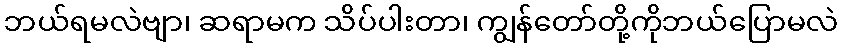
ဘယ်ရမလဲဗျာ၊ ဆရာမက သိပ်ပါးတာ၊ ကျွန်တော်တို့ကိုဘယ်ပြောမလဲ